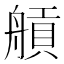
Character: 𦩼